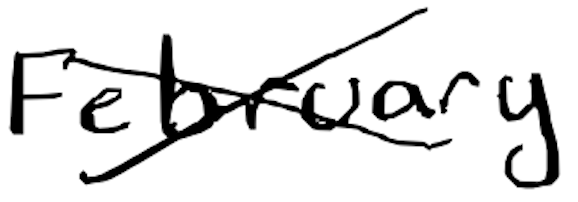
Text: February
Cross-out: mix
Writing tool: digital_black